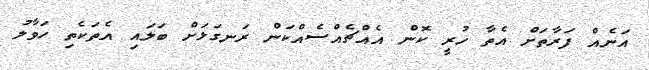
އަނެއް ފަރާތަށް އެތާ ހުރީ ކޮން އެއްޗެއްސެއްކަން ރަނގަޅަށް ބަލައި އެތަކެތި ހަވާލު